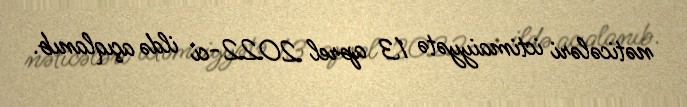
nəticələri ictimaiyyətə 13 aprel 2022-ci ildə açıqlanıb.